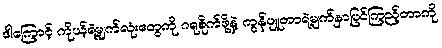
ဒါကြောင့် ကိုယ့်ရဲ့မျက်လုံးတွေကို ဂရုစိုက်ဖို့နဲ့ ကွန်ပျူတာရဲ့မျက်နှာပြင်ကြည့်တာကို